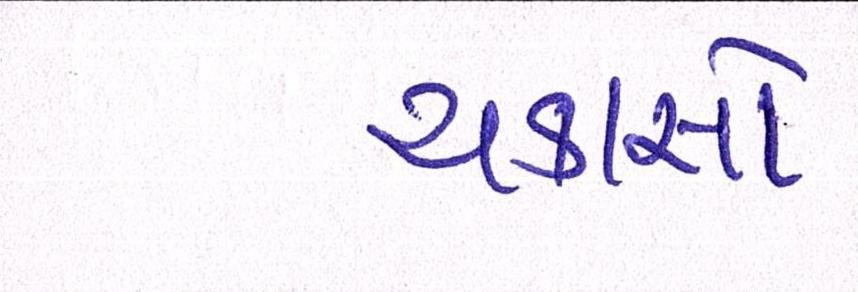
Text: ચકાસો